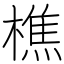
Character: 樵